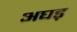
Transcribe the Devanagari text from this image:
अघड़